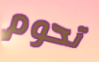
تحوم